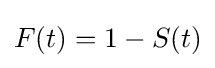
F(t)=1-S(t)